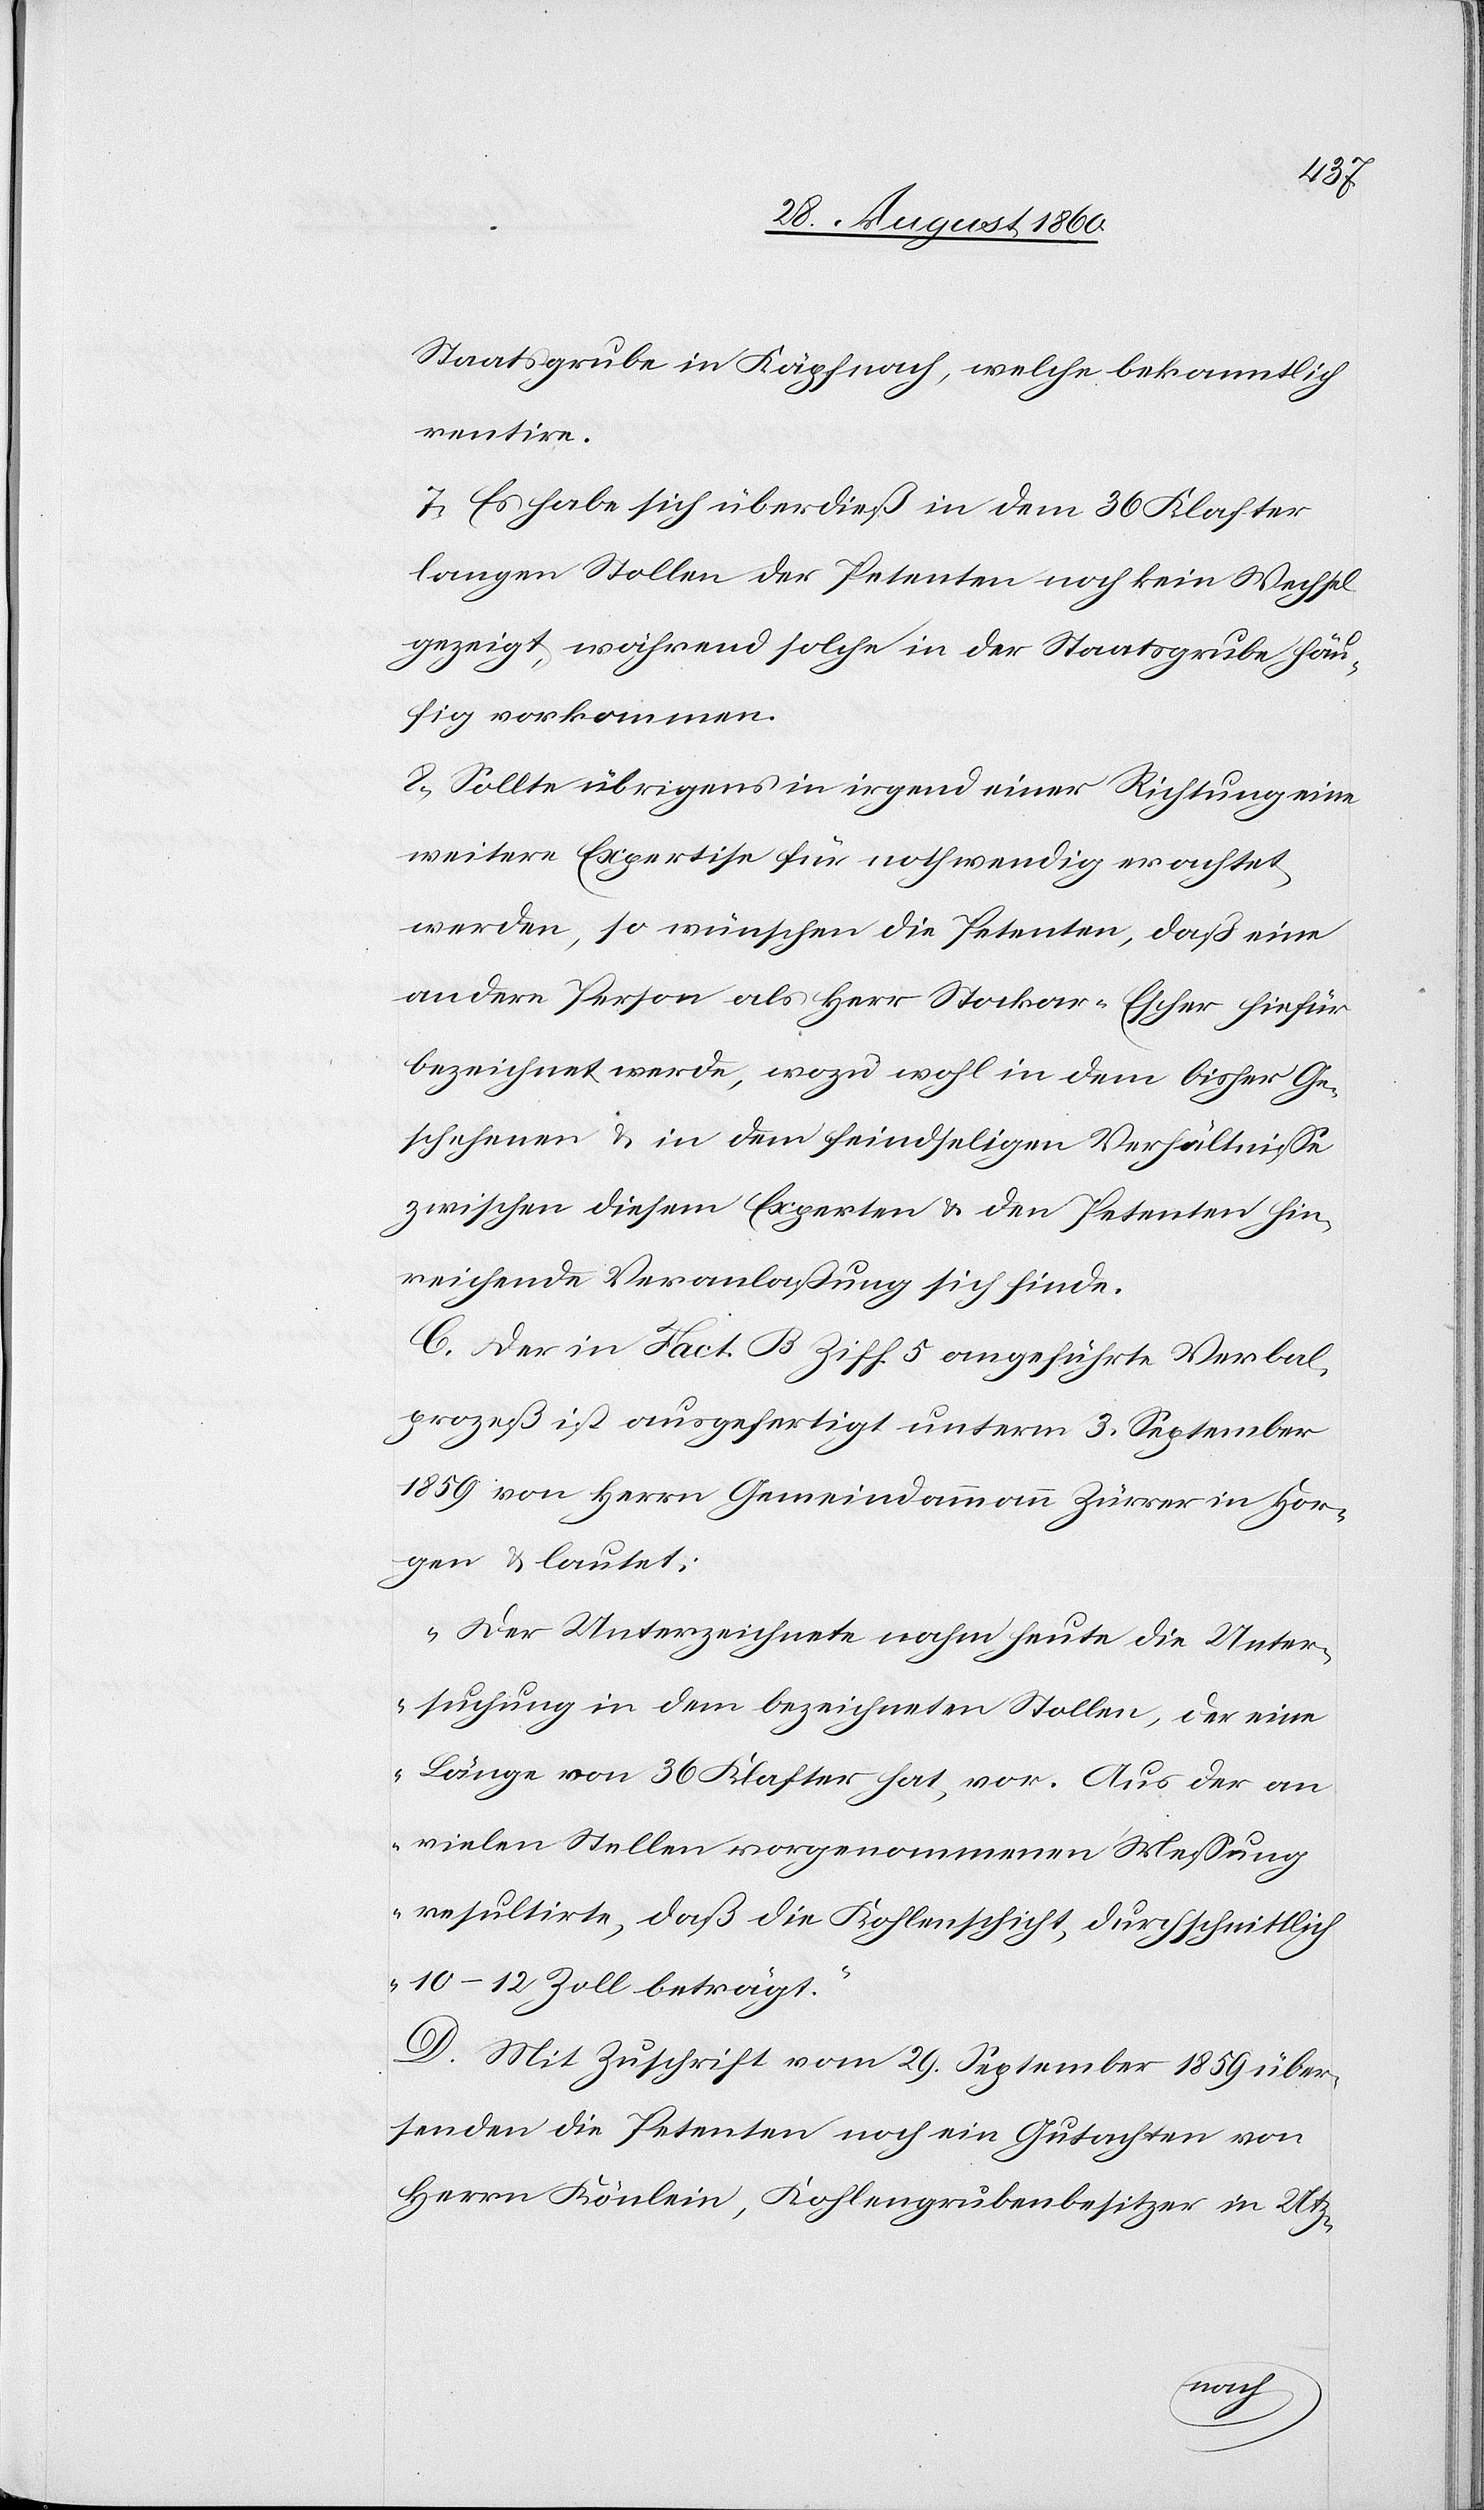
Staatsgrube in Käpfnach, welche bekanntlich
rentire.
7) Es habe sich überdiess in dem 36 Klafter
langen Stollen der Petenten noch kein Wechsel
gezeigt, während solche in der Staatsgrube häu¬
fig vorkommen.
8. Sollte übrigens in irgend einer Richtung eine
weitere Expertise für nothwendig erachtet
werden, so wünschen die Petenten, dass eine
andere Person als Hr. Stockar-Escher hiefür
bezeichnet werde, wozu wohl in dem bisher Ge¬
schehenen u. in dem feindseligen Verhältnisse
zwischen diesem Experten u. den Petenten hin¬
reichende Veranlassung sich finde.
C. Der in Fact. B. Ziff. 5 angeführte Verbal¬
prozess ist ausgefertigt unterm 3. September
1859 von Herrn Gemeindammann Zürrer in Hor¬
gen u. lautet:
„Der Unterzeichnete nahm heute die Unter¬
suchung in dem bezeichneten Stollen, der eine
Länge von 36 Klafter hat, vor. Aus der an
vielen Stellen vorgenommenen Messung
resultirte, dass die Kohlenschicht durchschnittlich
10–2 Zoll beträgt.“
D. Mit Zuschrift vom 29. September 1859 über¬
senden die Petenten noch ein Gutachten von
Herrn Könlein, Kohlengrubenbesitzer in